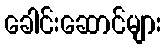
ခေါင်းဆောင်များ